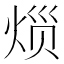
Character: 𱫐